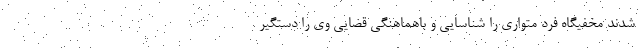
شدند مخفیگاه فرد متواری را شناسایی و باهماهنگی قضایی وی را دستگیر